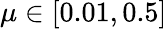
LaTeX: \mu\in[0.01,0.5]